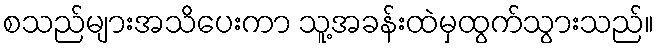
စသည်များအသိပေးကာ သူ့အခန်းထဲမှထွက်သွားသည်။